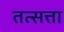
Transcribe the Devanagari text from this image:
तत्सत्ता